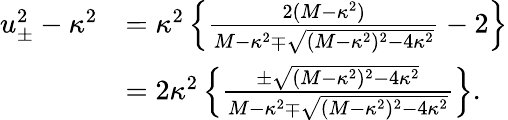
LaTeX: \begin{array}{rl}{u_{\pm}^{2}-\kappa^{2}}&{=\kappa^{2}\left\{ \frac{2(M-\kappa^{2})}{M-\kappa^{2}\mp\sqrt{(M-\kappa^{2})^{2}-4\kappa^{2}}}-2\right\} }\\ &{=2\kappa^{2}\left\{ \frac{\pm\sqrt{(M-\kappa^{2})^{2}-4\kappa^{2}}}{M-\kappa^{2}\mp\sqrt{(M-\kappa^{2})^{2}-4\kappa^{2}}}\right\} .}\end{array}